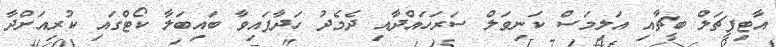
އާޓިފީޗަލް ބީޗާއި އަލިމަސް ކަނިވަލް ސަރަހައްދާއި ދެމެދު ހަދާފައިވާ ބައިބަލާ ކޯޓްގައި ކުރިއަށްދާ